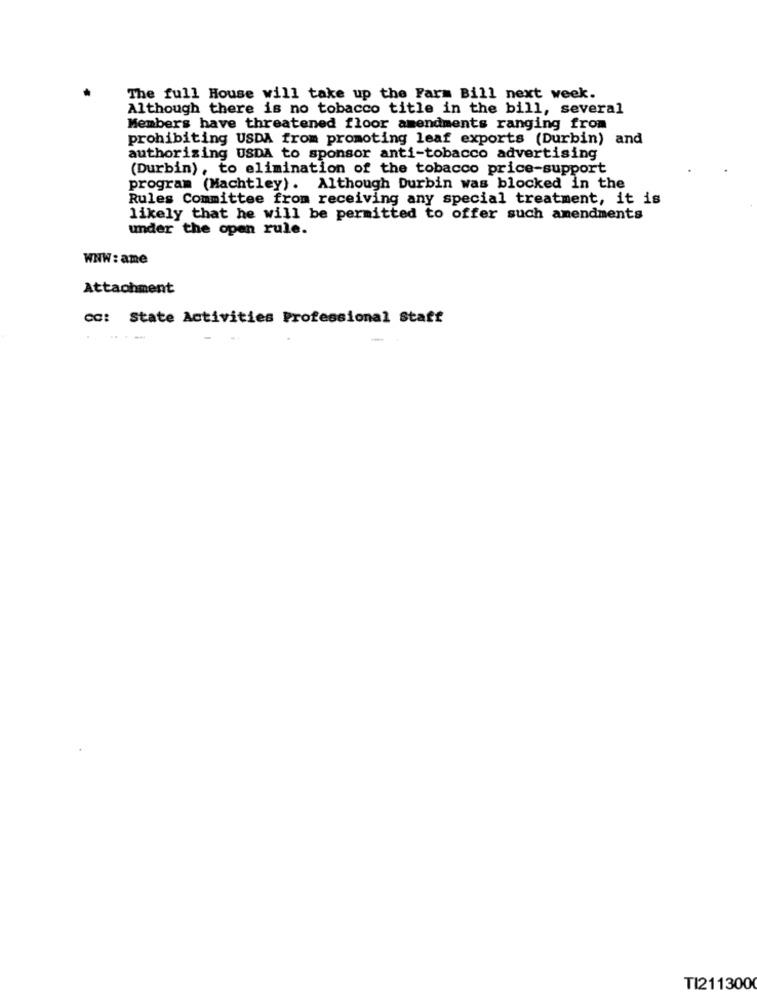
The full House will take up the Farm Bill next week.
Although there is no tobacco title in the bill, several
Members have threatened floor amendments ranging from
prohibiting USDA from promoting leaf exports (Durbin) and
authorizing USDA to sponsor anti-tobacco advertising
(Durbin), to elimination of the tobacco price-support
program (Machtley). Although Durbin was blocked in the
Rules Committee from receiving any special treatment, it is
likely that he will be permitted to offer such amendments
under the open rule.
WNW: ame
Attachment
CC: State Activities Professional Staff
TI211300